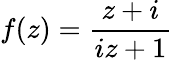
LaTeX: f(z)={\frac{z+i}{iz+1}}